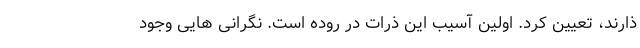
ذارند، تعیین کرد. اولین آسیب این ذرات در روده است. نگرانی هایی وجود